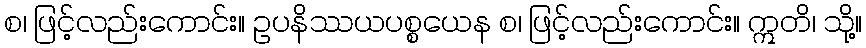
စ၊ ဖြင့်လည်းကောင်း။ ဥပနိဿယပစ္စယေန စ၊ ဖြင့်လည်းကောင်း။ ဣတိ၊ သို့။